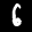
Label: 6